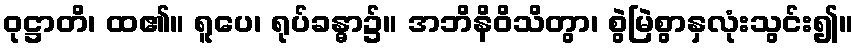
ဝုဋ္ဌာတိ၊ ထ၏။ ရူပေ၊ ရုပ်ခန္ဓာ၌။ အဘိနိဝိသိတွာ၊ စွဲမြဲစွာနှလုံးသွင်း၍။